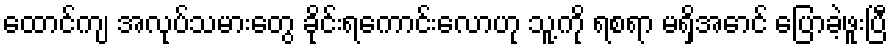
ထောင်ကျ အလုပ်သမားတွေ ခိုင်းရကောင်းလောဟု သူ့ကို ရစရာ မရှိအောင် ပြောခဲ့ဖူးပြီ